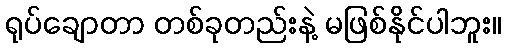
ရုပ်ချောတာ တစ်ခုတည်းနဲ့ မဖြစ်နိုင်ပါဘူး။